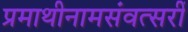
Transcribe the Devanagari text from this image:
प्रमाथीनामसंवत्सरीं